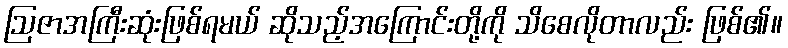
ဩဇာအကြီးဆုံးဖြစ်ရမယ် ဆိုသည့်အကြောင်းတို့ကို သိစေလိုတာလည်း ဖြစ်၏။